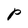
Character: P